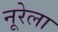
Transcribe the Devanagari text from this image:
नूरेला